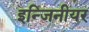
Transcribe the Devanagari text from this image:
इन्जिनीयर